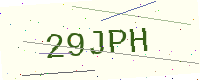
Text: 29JPH